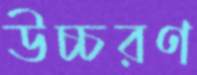
উচ্চরণ